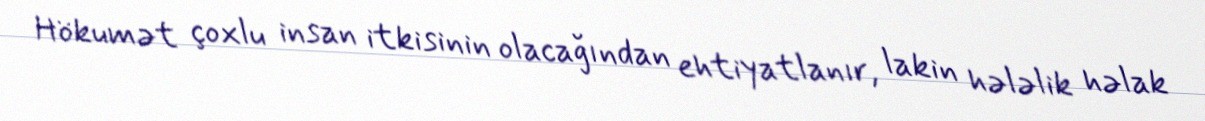
Hökumət çoxlu insan itkisinin olacağından ehtiyatlanır, lakin hələlik həlak